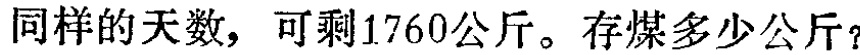
同样的天数，可剩1760公斤。存煤多少公斤？